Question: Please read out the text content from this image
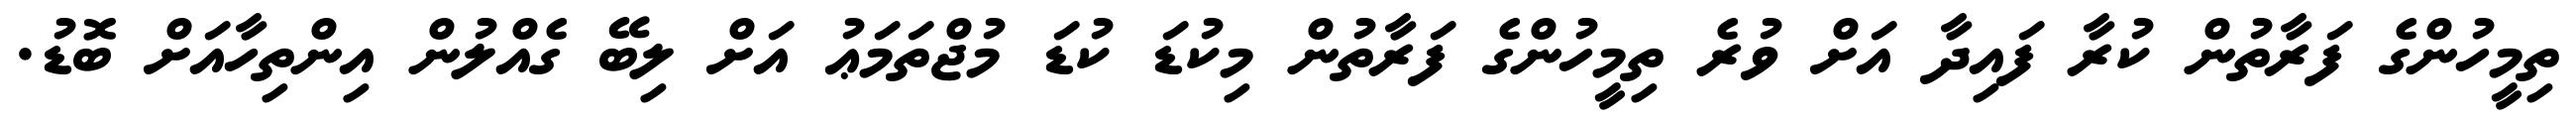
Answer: ތިމީހުންގެ ފަރާތުން ކުރާ ފައިދާ އަށް ވުރެ ތިމީހުންގެ ފަރާތުން މިކުޑަ ކުޑަ މުޖްތަމަޢު އަށް ލިބޭ ގެއްލުން އިންތިހާއަށް ބޮޑު.